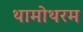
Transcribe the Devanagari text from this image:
थामोथरम